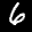
Label: 6